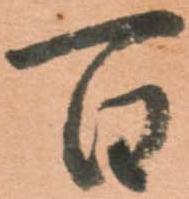
百